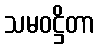
သမဝဋ္ဌိတာ